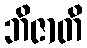
ဘိဇာတိ